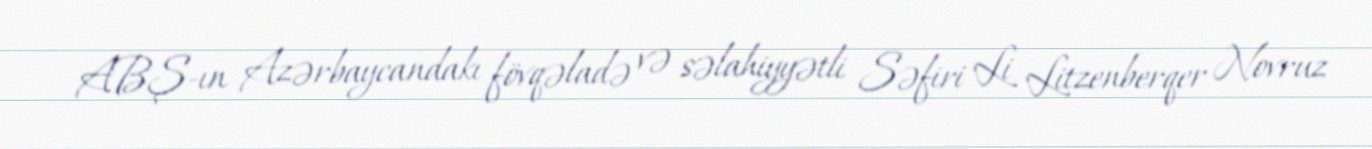
ABŞ-ın Azərbaycandakı fövqəladə və səlahiyyətli Səfiri Li Litzenberqer Novruz